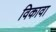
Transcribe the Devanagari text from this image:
विकावा